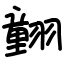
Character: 𦒍